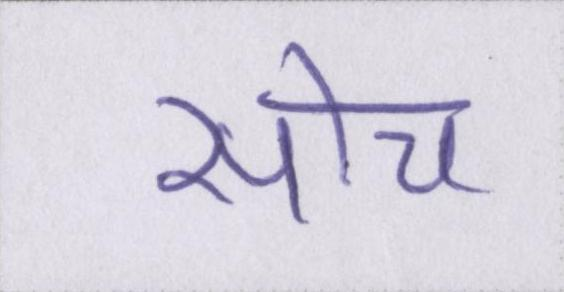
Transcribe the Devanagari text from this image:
सोच